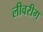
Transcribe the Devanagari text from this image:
लीवरीग